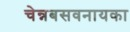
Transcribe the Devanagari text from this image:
चेन्नबसवनायका